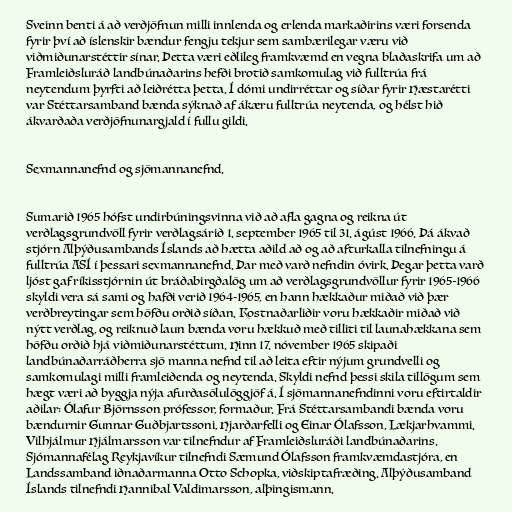
Sveinn benti á að verðjöfnun milli innlenda og erlenda markaðirins væri forsenda
fyrir því að íslenskir bændur fengju tekjur sem sambærilegar væru við
viðmiðunarstéttir sínar. Þetta væri eðlileg framkvæmd en vegna blaðaskrifa um að
Framleiðsluráð landbúnaðarins hefði brotið samkomulag við fulltrúa frá
neytendum þyrfti að leiðrétta þetta. Í dómi undirréttar og síðar fyrir Hæstarétti
var Stéttarsamband bænda sýknað af ákæru fulltrúa neytenda, og hélst hið
ákvarðaða verðjöfnunargjald í fullu gildi.

Sexmannanefnd og sjömannanefnd.

Sumarið 1965 hófst undirbúningsvinna við að afla gagna og reikna út
verðlagsgrundvöll fyrir verðlagsárið 1. september 1965 til 31. ágúst 1966. Þá ákvað
stjórn Alþýðusambands Íslands að hætta aðild að og að afturkalla tilnefningu á
fulltrúa ASÍ í þessari sexmannanefnd. Þar með varð nefndin óvirk. Þegar þetta varð
ljóst gaf ríkisstjórnin út bráðabirgðalög um að verðlagsgrundvöllur fyrir 1965-1966
skyldi vera sá sami og hafði verið 1964-1965, en hann hækkaður miðað við þær
verðbreytingar sem höfðu orðið síðan. Kostnaðarliðir voru hækkaðir miðað við
nýtt verðlag, og reiknuð laun bænda voru hækkuð með tilliti til launahækkana sem
höfðu orðið hjá viðmiðunarstéttum. Hinn 17. nóvember 1965 skipaði
landbúnaðarráðherra sjö manna nefnd til að leita eftir nýjum grundvelli og
samkomulagi milli framleiðenda og neytenda. Skyldi nefnd þessi skila tillögum sem
hægt væri að byggja nýja afurðasölulöggjöf á. Í sjömannanefndinni voru eftirtaldir
aðilar: Ólafur Björnsson prófessor, formaður. Frá Stéttarsambandi bænda voru
bændurnir Gunnar Guðbjartssoni, Hjarðarfelli og Einar Ólafsson, Lækjarhvammi.
Vilhjálmur Hjálmarsson var tilnefndur af Framleiðsluráði landbúnaðarins.
Sjómannafélag Reykjavíkur tilnefndi Sæmund Ólafsson framkvæmdastjóra, en
Landssamband iðnaðarmanna Otto Schopka, viðskiptafræðing. Alþýðusamband
Íslands tilnefndi Hannibal Valdimarsson, alþingismann.